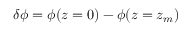
\delta \phi = \phi ( z = 0 ) - \phi ( z = \ensuremath { z _ { m } } )